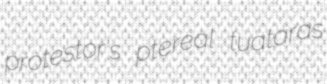
protestor's ptereal tuataras